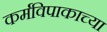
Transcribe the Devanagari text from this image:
कर्मविपाकाच्या